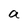
Character: a